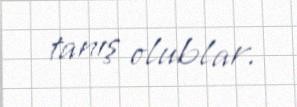
tanış olublar.